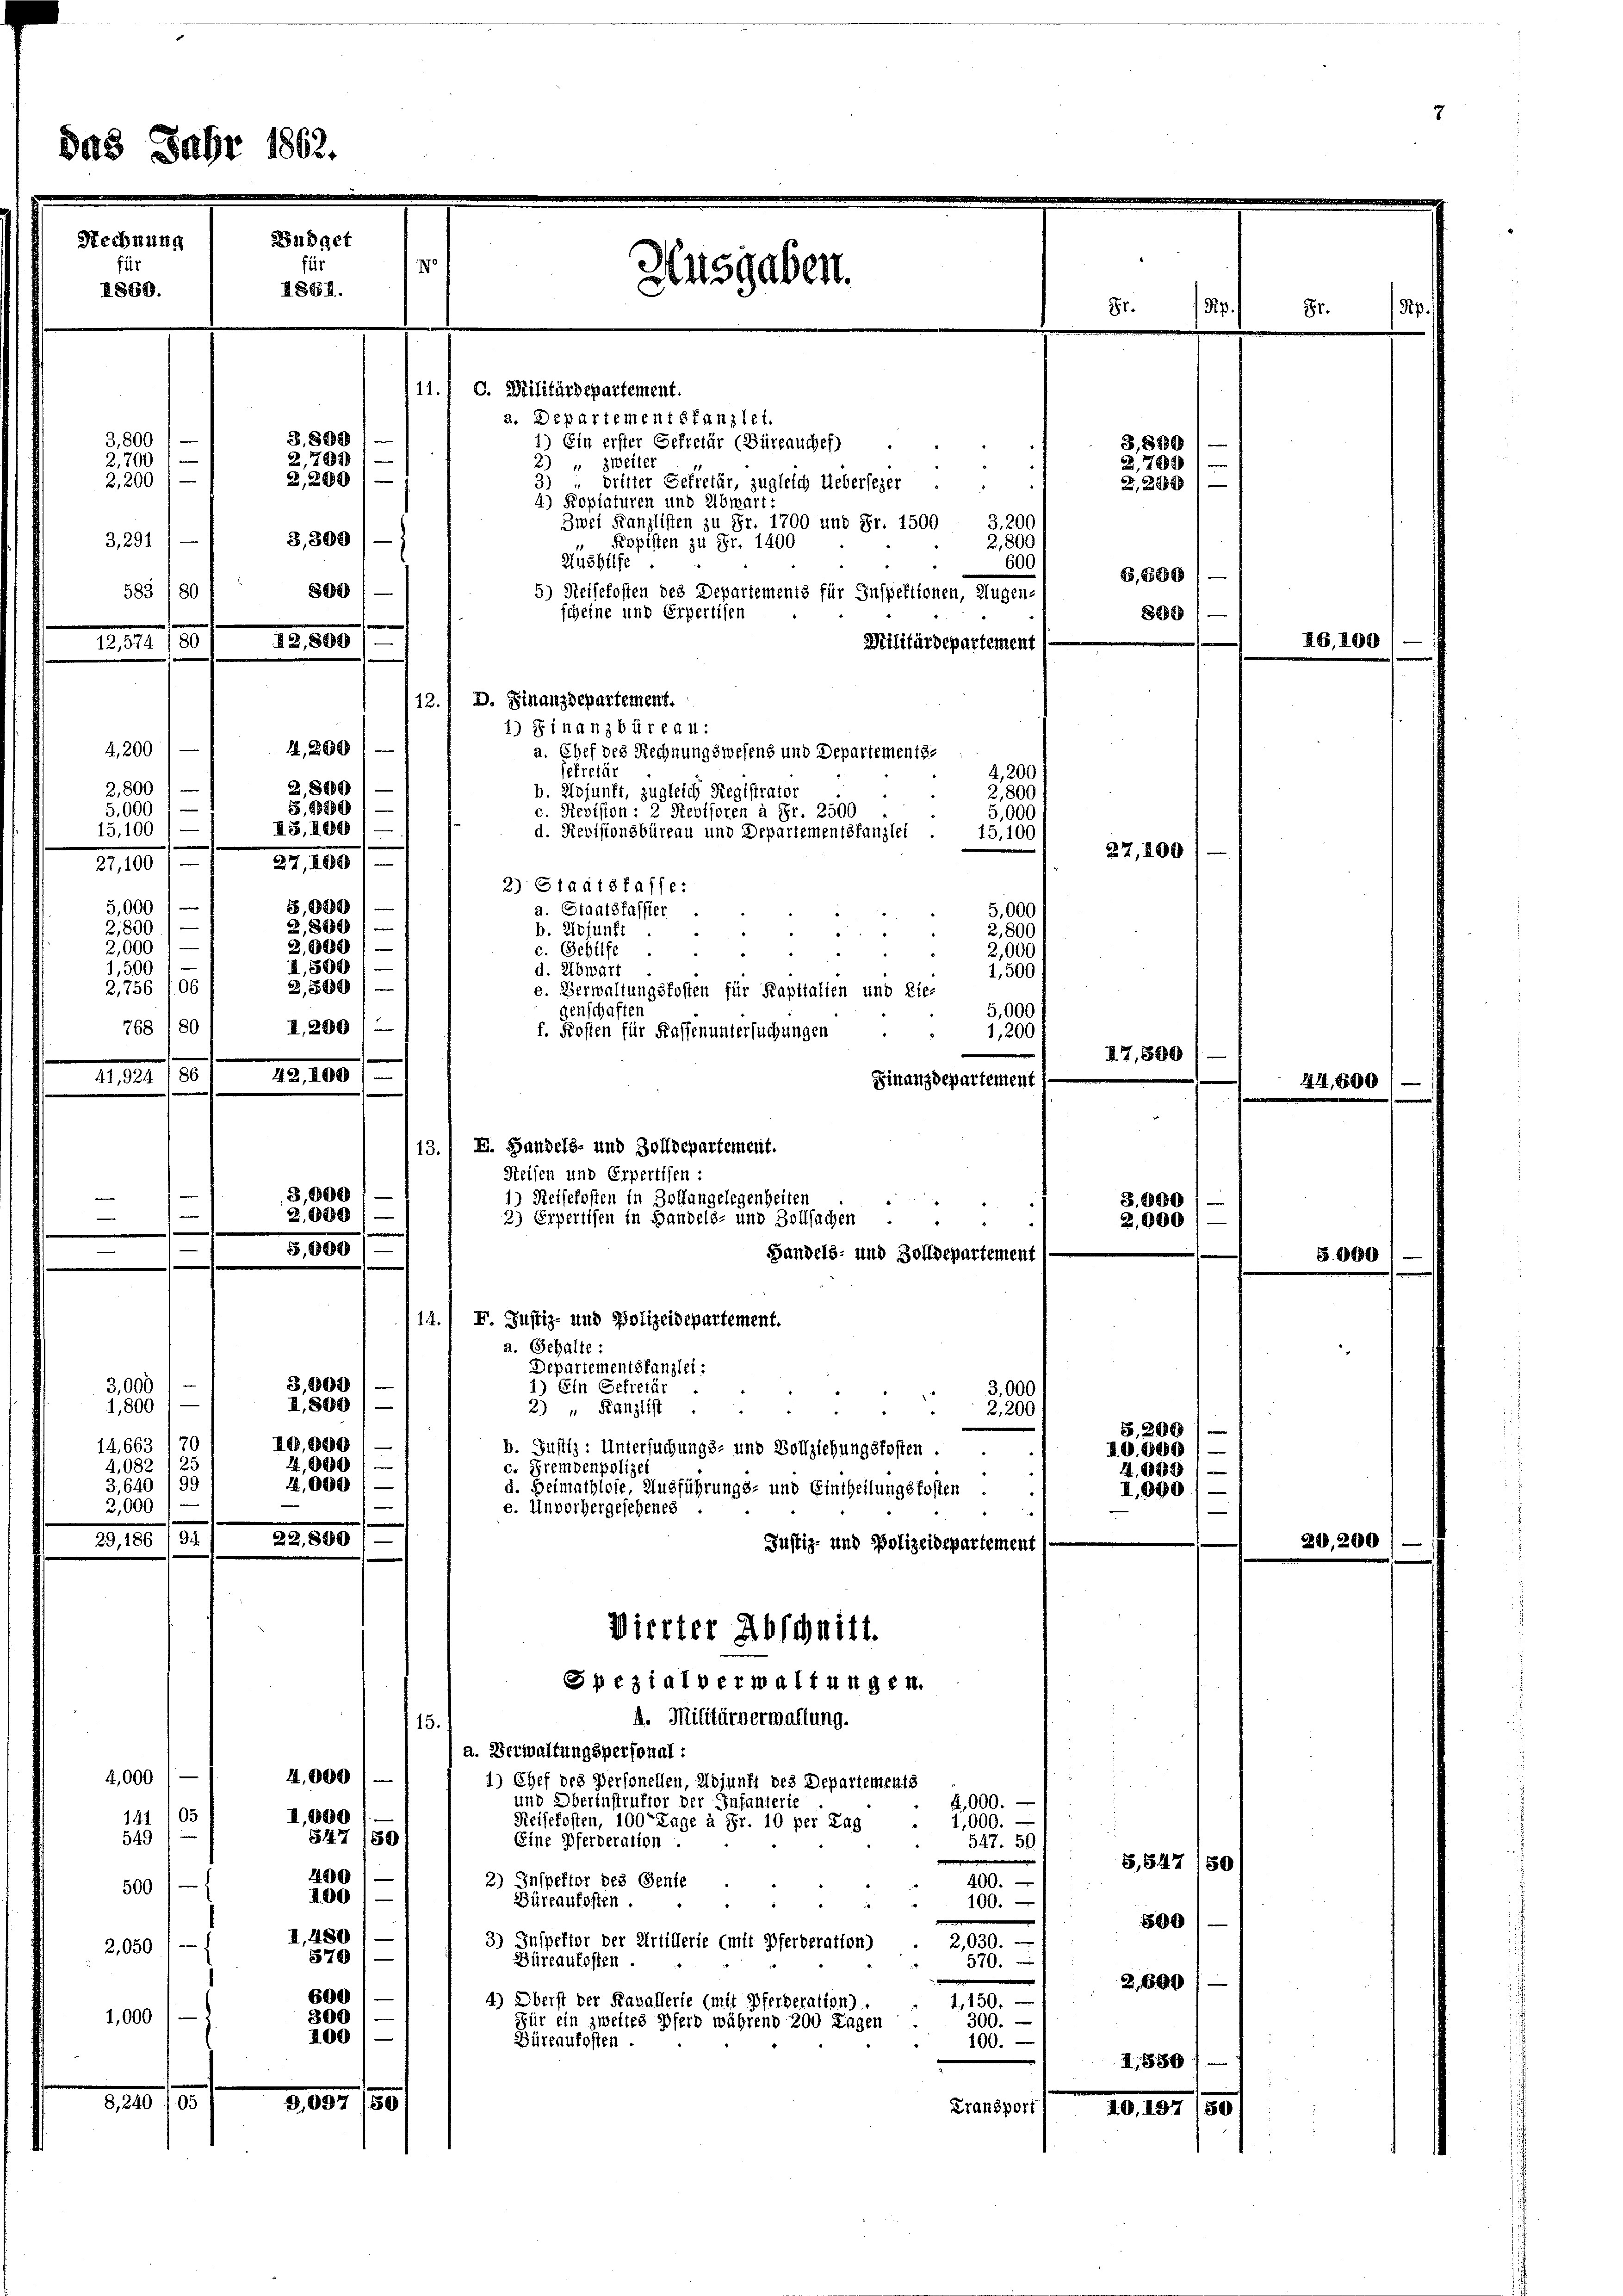
Rechnung
1860.

5,000 l —
2,800
2,000 1—
1,500

4,000
141 105
549
500
2,050 1

Jahr 1862

Büdget
770
II64.
3,800
3,800
2,700
2,700
2,299) —
3
2,200
3,200) —
3,291
800
583 80
I2,800
12,574/80

1,200
4,200
2,800
2,800
5,820
5,000 l —
IIS. 1889/
15,100) —
e
27, 1000
27,100
5,000
e
2,8801—
I,509/
2,500)
2,756 106
768 1801 1200 (
42,200
41,924 186
3,000
e
2.1880
e
f
—
5,000)
3,800
3,000)
I. 800
1,800
10,000
14663 (70
4,082 125
24,000
3,640/99
4,000
2,000
.
22,800
29, 186 (94

1,000

a. Departementstanzlei.
1) Ein erster Gefretär (Büreauches)
2) " zweiter
dritter Gefretär, zugleich Uebersezer ..
4) Kopiaturen und Abwart:
Zwei Kanzlisten zu Fr. 1700 und Fr. 1500 - 3,200
Ropisten zu Fr. 1400
Aushilfe
5) Reisekosten des Departements für Inspektionen, Augen-
scheine und Erpertisen
Militärdepartement
12./ D. Finanzdepartement.
1) Finanzbüreau:
a. Chef des Rechnungswesens und Departements-
sekretär
b. Hojunft, zugleich Registrator
c. Revision: 2 Revisoren à Fr. 2500
d. Revisionsbüreau und Departementstanzlei
2,800
Finanzdepartement
“
Handels- und Zolldepartement
1) Ein Gefreier
3.000
2) " Kanzlist
2,200
b. Justiz: Untersuchungs- und Vollziehungskosten.
c. Fremdenpolizei
d. Heimathlose, Ausführungs- und Eintheilungskosten .
e. Unvorhergeschenes
Justiz- und Polizeidepartement s
Vierter Abschnitt.
Spezialverwaltungen.
A. Militärverwaltung.
15.
a. Verwaltungspersonal:
4,000
1) Chef des Personellen, Aojunft des Departements
und Oberinstruktor der Infanterie
4,000.
I,000
Reisekosten, 100 Tage à Fr. 10 per Lag
1,000.
847 (80
Eine Pferderation .
547. 50.
1400
2) Inspektor des Sente
400.
100,
Büreaufosten.
100.
I,480
3) Inspektor der Artillerie (mit Pferderation)
2,030.
570
Büreaufosten.
570.
600
4) Oberst der Kavallerie (mit Pferderation)
4,150.
3001—
300.
Für ein zweites Pferd während 200 Tagen
200
Büreaufosten
100.
2,097/50
Transport

2,000 1

Ausgaben

11.) C. Militärdepartement.

2) Staatskasse:
a. Staatsfassier
b. Wojunft
.
c. Gehilfe
d. Abwart
e. Verwaltungsfosten für Kapitalien und Lie-
genschaften
f. Kosten für Kassenuntersuchungen
13., E. Handels- und Zolldepartement.
Steisen und Erpertisen :
1) Reisekosten in Zollangelegenheiten
2) Erpertisen in Handels- und Zollsachen
14.) F. Justiz- und Polizeidepartement.
a. Gehalte
Departementstanzlei:

2,800
600 f

4,200
2,800
5,000
15,100
5,000

2,000
1,500
5,000
1,200

3,800
2,788
2,229)

27,200

B,600
898

3.000
2,000

I,900

S. 200
10.9001—
4,000

S., 847 180
500

2,84

16,100

414, 600